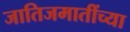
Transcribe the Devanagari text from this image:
जातिजमातींच्या